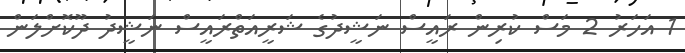
1 އަހަރު 2 މަސް ކުރިން ރައީސް ނަޝީދުގެ ޝަރީއަތްރައީސް ނަޝީދު ދޫކޮށްލަން